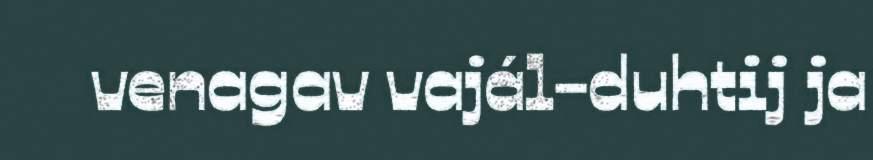
venagav vajál-duhtij ja